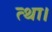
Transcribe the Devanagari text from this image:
त्था।